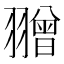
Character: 𦒗